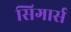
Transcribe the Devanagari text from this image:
सिगार्स